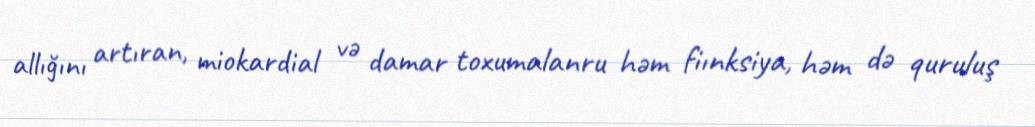
allığını artıran, miokardial və damar toxumalanru həm fiınksiya, həm də quruluş